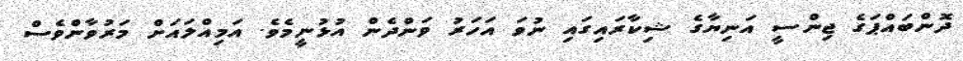
ދޮންބައްޕަގެ ޖިންސީ އަނިޔާގެ ޝިކާރަައިގައި ނުވަ އަހަރު ވަންދެން އުޅުނީމެވެ. އަމިއްލައަށް މަރުވާންވެސް